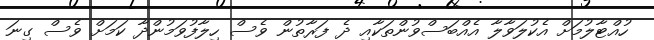
ހުއްޓާލުމަށް އެކުލަވާލާ އެއްބަސްވުންތަކާއި ދެ ފަރާތުން ވެސް ހިލާފުވަމުންދާ ކަމަށް ވެސް ގިނަ